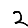
Digit: 2